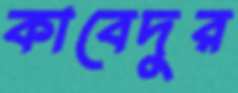
কাবেদুর